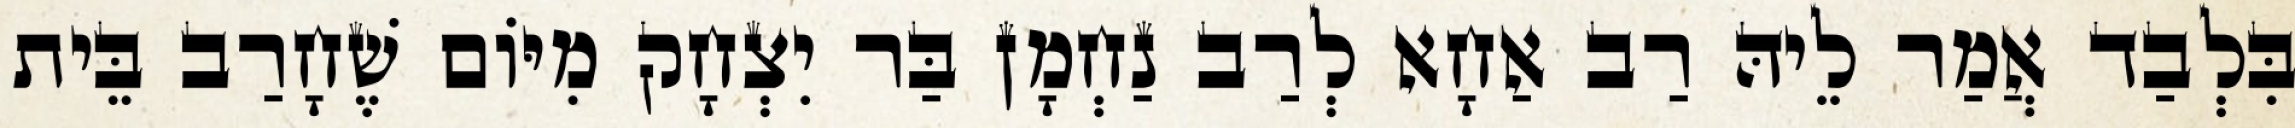
בִּלְבַד אֲמַר לֵיהּ רַב אַחָא לְרַב נַחְמָן בַּר יִצְחָק מִיּוֹם שֶׁחָרַב בֵּית